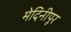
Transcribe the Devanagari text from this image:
मेदिनीपूर